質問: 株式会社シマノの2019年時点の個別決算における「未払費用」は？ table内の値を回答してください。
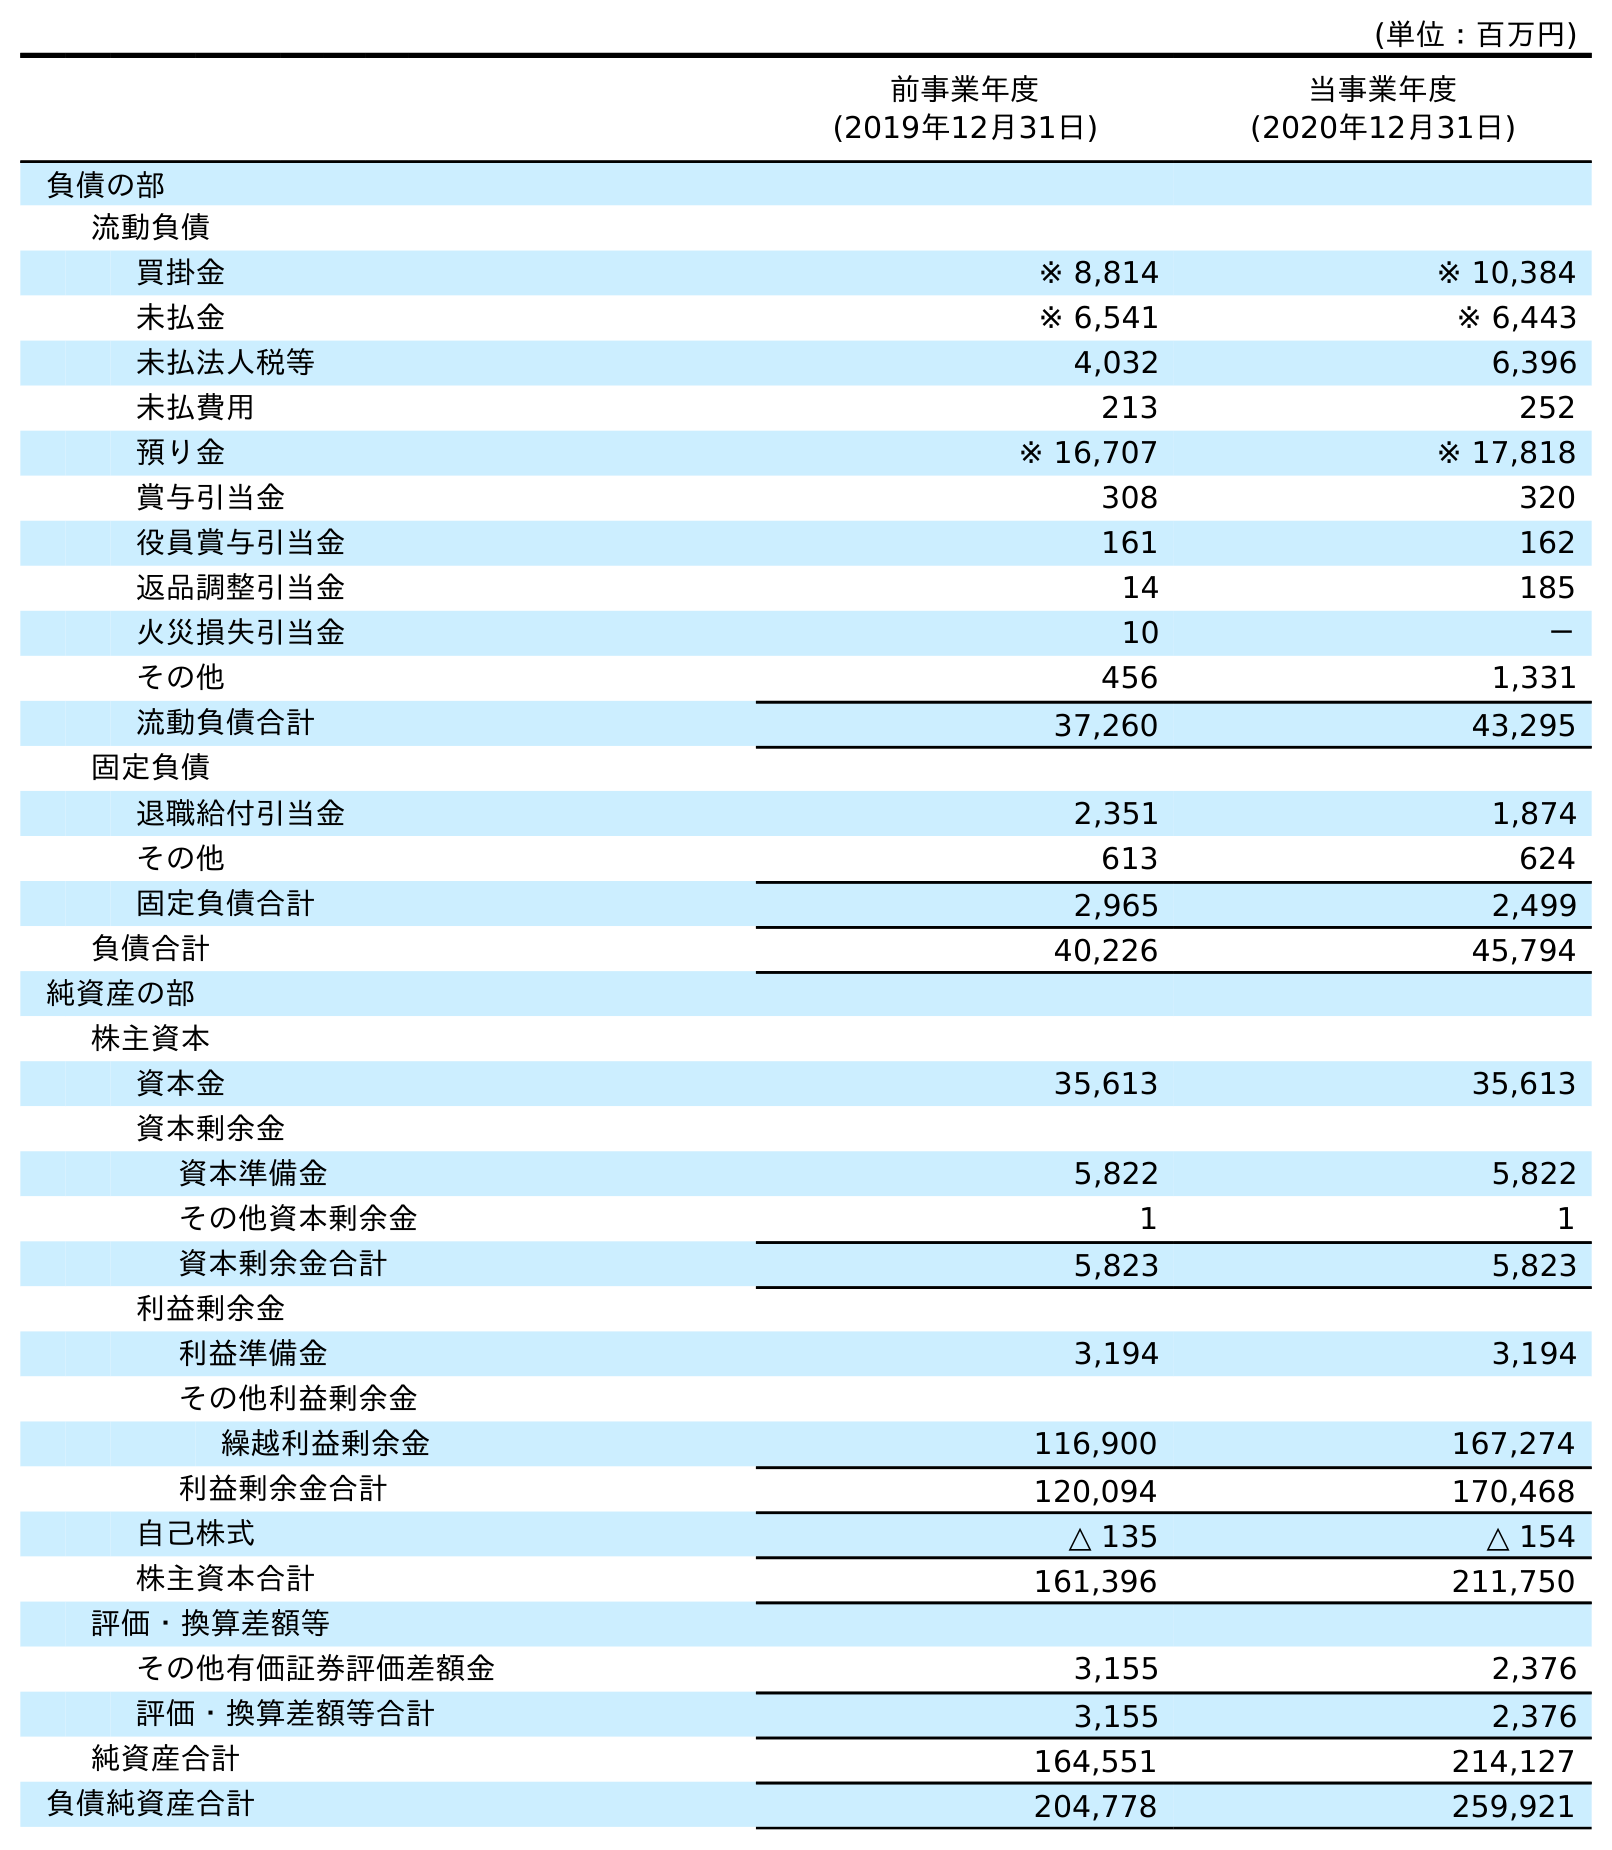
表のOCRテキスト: (単位：百万円) 前事業年度 (2019年12月31日) 当事業年度 (2020年12月31日) 負債の部 流動負債 買掛金 ※ 8,814 ※ 10,384 未払金 ※ 6,541 ※ 6,443 未払法人税等 4,032 6,396 未払費用 213 252 預り金 ※ 16,707 ※ 17,818 賞与引当金 308 320 役員賞与引当金 161 162 返品調整引当金 14 185 火災損失引当金 10 － その他 456 1,331 流動負債合計 37,260 43,295 固定負債 退職給付引当金 2,351 1,874 その他 613 624 固定負債合計 2,965 2,499 負債合計 40,226 45,794 純資産の部 株主資本 資本金 35,613 35,613 資本剰余金 資本準備金 5,822 5,822 その他資本剰余金 1 1 資本剰余金合計 5,823 5,823 利益剰余金 利益準備金 3,194 3,194 その他利益剰余金 繰越利益剰余金 116,900 167,274 利益剰余金合計 120,094 170,468 自己株式 △ 135 △ 154 株主資本合計 161,396 211,750 評価・換算差額等 その他有価証券評価差額金 3,155 2,376 評価・換算差額等合計 3,155 2,376 純資産合計 164,551 214,127 負債純資産合計 204,778 259,921
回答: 213